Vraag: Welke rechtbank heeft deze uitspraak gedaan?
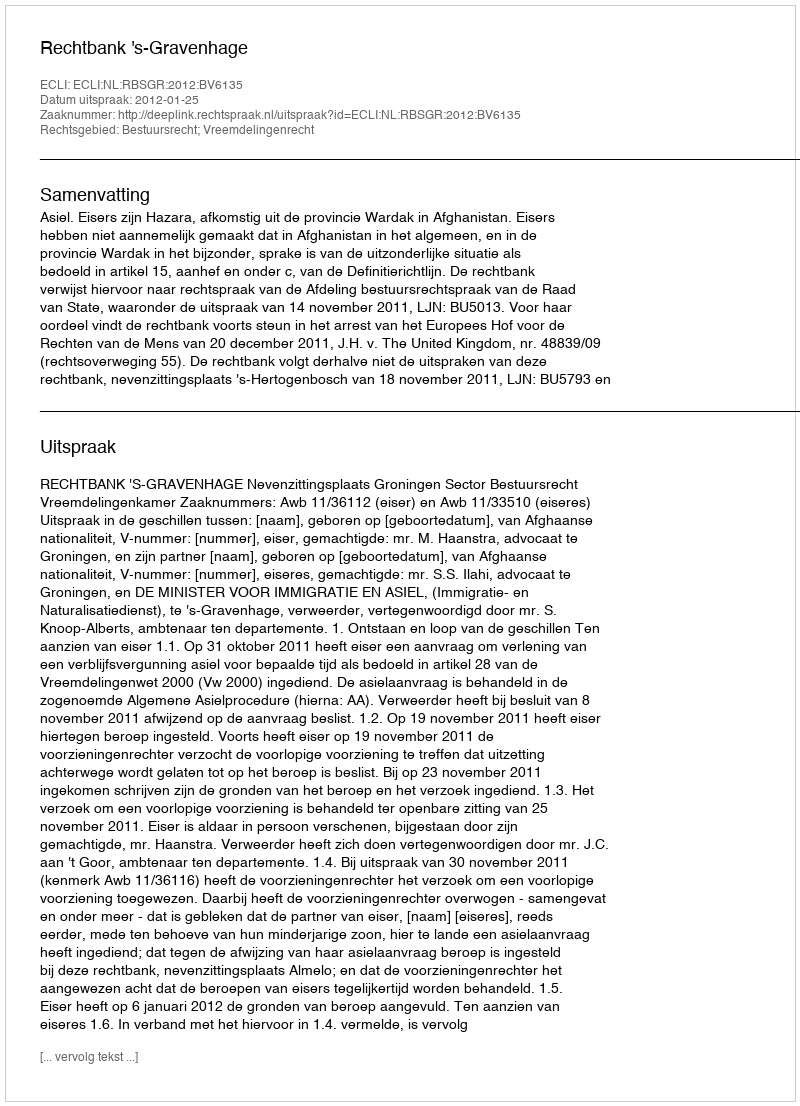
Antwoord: Rechtbank 's-Gravenhage